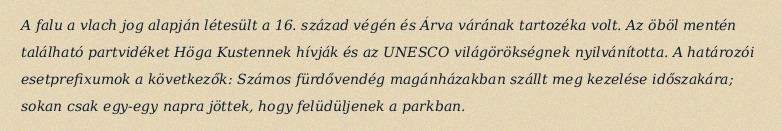
A falu a vlach jog alapján létesült a 16. század végén és Árva várának tartozéka volt. Az öböl mentén található partvidéket Höga Kustennek hívják és az UNESCO világörökségnek nyilvánította. A határozói esetprefixumok a következők: Számos fürdővendég magánházakban szállt meg kezelése időszakára; sokan csak egy-egy napra jöttek, hogy felüdüljenek a parkban.